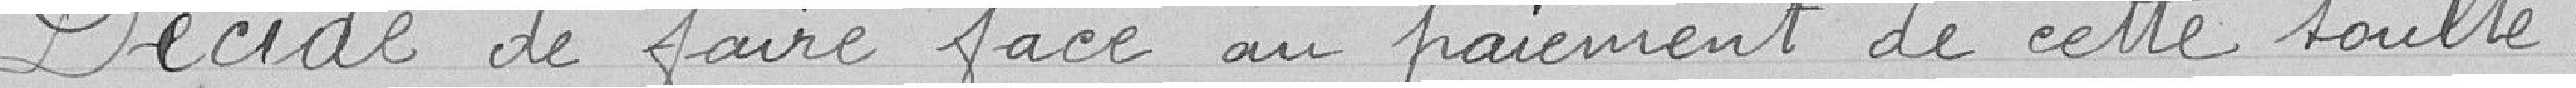
Décide de faire face au paiement de cette soulte :